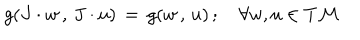
g ( J \cdot w \, , \, J \cdot u ) \, = \, g ( w \, , \, u ) \, ; \quad \forall w , u \in T { \cal M }